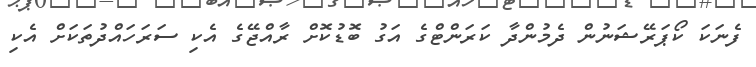
ފެނަކަ ކޯޕަރޭޝަނުން ދެމުންދާ ކަރަންޓްގެ އަގު ބޮޑުކޮށް ރާއްޖޭގެ އެކި ސަރަހައްދުތަކަށް އެކި